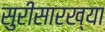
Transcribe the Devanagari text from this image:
सुरीसारख्या